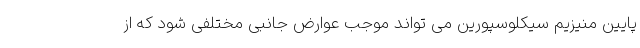
پایین منیزیم سیکلوسپورین می تواند موجب عوارض جانبی مختلفی شود که از